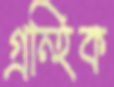
গ্রন্হিক